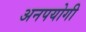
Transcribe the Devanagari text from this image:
अनपयोगी